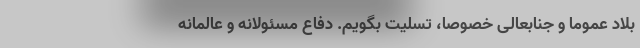
بلاد عموماً و جنابعالی خصوصاً، تسلیت بگویم. دفاع مسئولانه و عالمانه‌